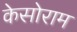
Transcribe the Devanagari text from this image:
केसोराम